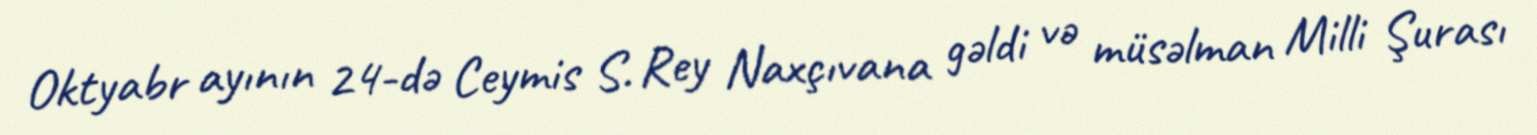
Oktyabr ayının 24-də Ceymis S. Rey Naxçıvana gəldi və müsəlman Milli Şurası